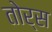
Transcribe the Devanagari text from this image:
तोर्स